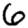
Digit: 6